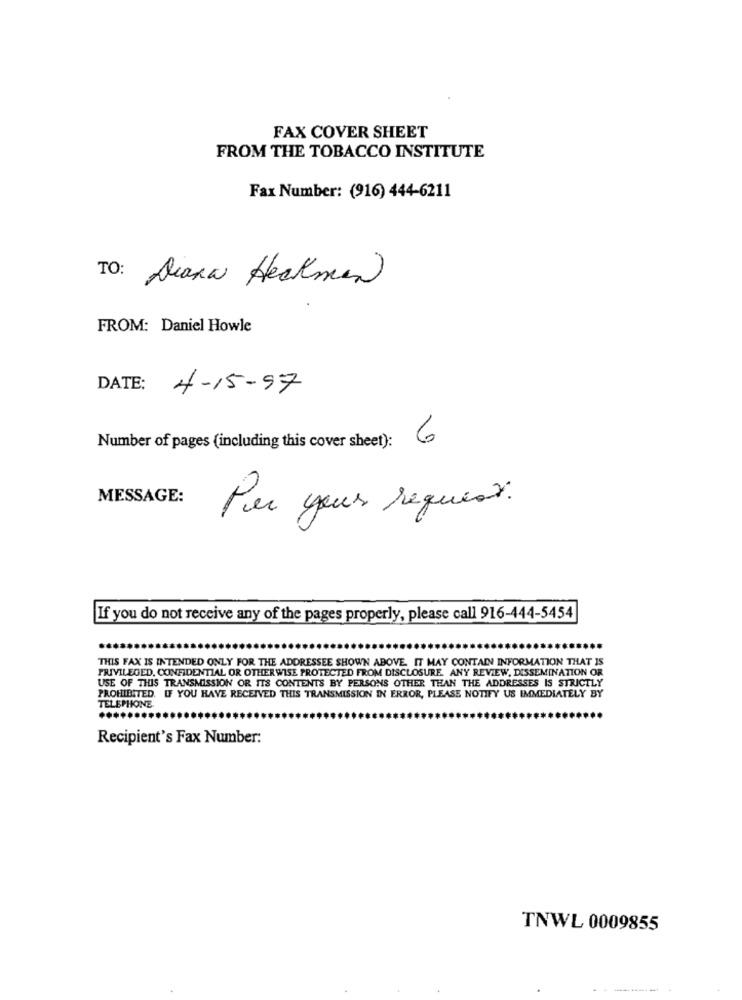
FAX COVER SHEET
FROM THE TOBACCO INSTITUTE
Fax Number: (916) 444-6211
TO: Diana Heckman
FROM: Daniel Howle
DATE:
4-15-97
Number of pages (including this cover sheet): 6
MESSAGE:
Per your request.
If you do not receive any of the pages properly, please call 916-444-5454
THIS FAX IS INTENDED ONLY FOR THE ADDRESSEE SHOWN ABOVE. IT MAY CONTAIN INFORMATION THAT IS
PRIVILEGED, CONFIDENTIAL OR OTHERWISE PROTECTED FROM DISCLOSURE. ANY REVIEW, DISSEMINATION OR
USE OF THIS TRANSMISSION OR ITS CONTENTS BY PERSONS OTHER THAN THE ADDRESSES IS STRICTLY
PROHIBITED. IF YOU HAVE RECEIVED THIS TRANSMISSION IN ERROR, PLEASE NOTIFY US IMMEDIATELY BY
TELEPHONE.
.......
Recipient's Fax Number:
TNWL 0009855